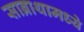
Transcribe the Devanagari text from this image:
साब्राथामध्ये